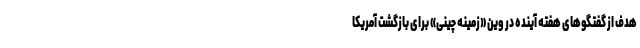
هدف از گفتگوهای هفته آینده در وین «زمینه چینی» برای بازگشت آمریکا